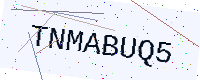
Text: TNMABUQ5